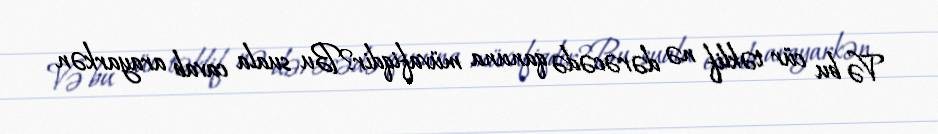
Və bu cür təklif nə dərəcədə qanuna müvafiqdir?Bu suala cavab arayarkən